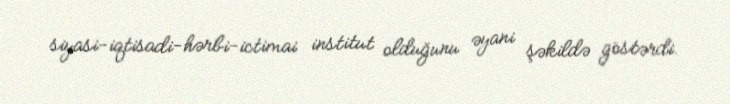
siyasi-iqtisadi-hərbi-ictimai institut olduğunu əyani şəkildə göstərdi.